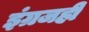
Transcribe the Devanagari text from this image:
इंग्रजही